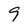
Character: 9